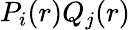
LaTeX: P_{i}(r)Q_{j}(r)